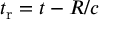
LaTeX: t _ { \mathrm { r } } = t - R / c